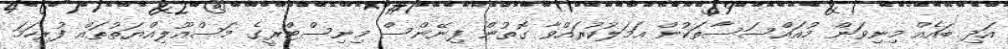
އަދި ބައެއް މިނިވަން މުއައްސަސާތަކުން އަމަލުކުރައްވާ ގޮތުން ފިނޭންސް މިނިސްޓްރީގެ މަސްއޫލިއްޔަތުތައް ފުރިހަމަ